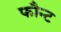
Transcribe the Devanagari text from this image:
फौन्ट